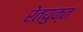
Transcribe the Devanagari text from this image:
रेतयुक्त